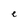
Character: e